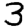
Digit: 3